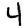
Digit: 4